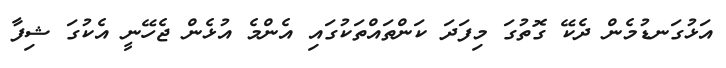
އަޅުގަނޑުމެން ދެކޭ ގޮތުގަ މިފަދަ ކަންތައްތަކުގައި އެންމެ އުޅެން ޖެހޭނީ އެކުގަ ޝިފާ